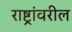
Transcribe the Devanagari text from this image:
राष्ट्रांवरील